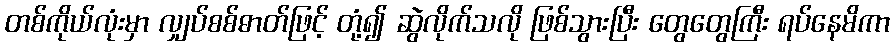
တစ်ကိုယ်လုံးမှာ လျှပ်စစ်ဓာတ်ဖြင့် တုံ့၍ ဆွဲလိုက်သလို ဖြစ်သွားပြီး တွေတွေကြီး ရပ်နေမိကာ